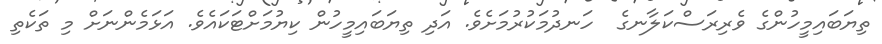
ތިޔަބައިމީހުންގެ ވެރިރަސްކަލާނގެ  ހަނދުމަކުރުމަށެވެ. އަދި ތިޔަބައިމީހުން ކިޔުމަށްޓަކައެވެ. އަޅަމެންނަށް މި ތަކެތި